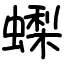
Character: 蟍